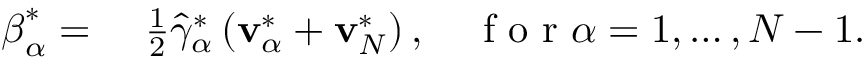
\begin{array} { r l } { \boldsymbol { \beta } _ { \alpha } ^ { * } = } & { { } ~ \frac { 1 } { 2 } \hat { \gamma } _ { \alpha } ^ { * } \left( \mathbf { v } _ { \alpha } ^ { * } + \mathbf { v } _ { N } ^ { * } \right) , \quad \mathrm { ~ f ~ o ~ r ~ } \alpha = 1 , \dots , N - 1 . } \end{array}